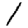
Digit: 1